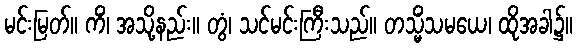
မင်းမြတ်။ ကိံ၊ အသို့နည်း။ တွံ၊ သင်မင်းကြီးသည်။ တသ္မိံသမယေ၊ ထိုအခါ၌။